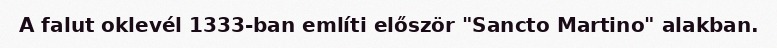
A falut oklevél 1333-ban említi először "Sancto Martino" alakban.